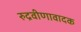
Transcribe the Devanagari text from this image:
रुद्रवीणावादक